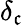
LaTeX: \delta_{\mathfrak{c}}